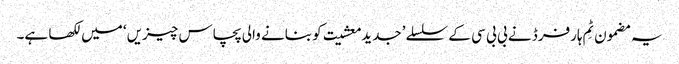
یہ مضمون ٹِم ہارفرڈ نے بی بی سی کے سلسلے ’جدید معشیت کو بنانے والی پچاس چیزیں‘ میں لکھا ہے۔